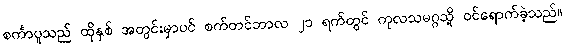
စင်္ကာပူသည် ထိုနှစ် အတွင်းမှာပင် စက်တင်ဘာလ ၂၁ ရက်တွင် ကုလသမဂ္ဂသို့ ဝင်ရောက်ခဲ့သည်။